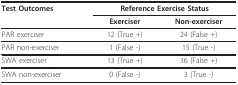
<table><thead><tr><td><b>Test Outcomes</b></td><td colspan="2"><b>Reference Exercise Status</b></td></tr><tr><td></td><td><b>Exerciser</b></td><td><b>Non-exerciser</b></td></tr></thead><tbody><tr><td>PAR exerciser</td><td>12 (True +)</td><td>24 (False +)</td></tr><tr><td>PAR non-exerciser</td><td>1 (False -)</td><td>15 (True -)</td></tr><tr><td>SWA exerciser</td><td>13 (True +)</td><td>36 (False +)</td></tr><tr><td>SWA non-exerciser</td><td>0 (False -)</td><td>3 (True -)</td></tr></tbody></table>